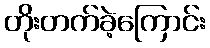
တိုးတက်ခဲ့ကြောင်း